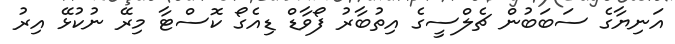
އަނިޔާގެ ސަބަބުން ޗެލްސީގެ އިތުބާރު ފޯވާޑް ޑިއެގޯ ކޮސްޓާ މިރޭ ނުކުޅޭ އިރު